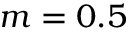
m = 0 . 5